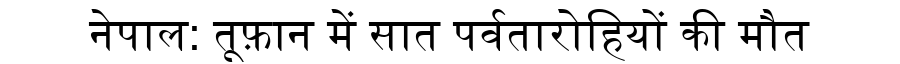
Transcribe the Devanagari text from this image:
नेपाल: तूफ़ान में सात पर्वतारोहियों की मौत